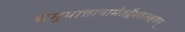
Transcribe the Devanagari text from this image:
समुपात्तानामेतद्वैभवलक्षणम्